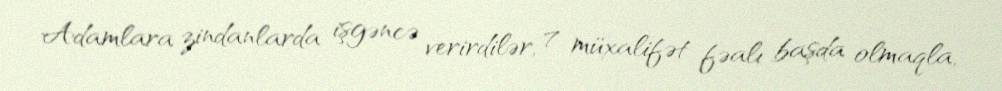
Adamlara zindanlarda işgəncə verirdilər, 7 müxalifət fəalı başda olmaqla,